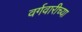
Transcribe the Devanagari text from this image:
वर्गवारीच्या